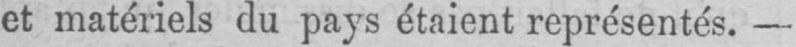
et matériels du pays étaient représentés. -